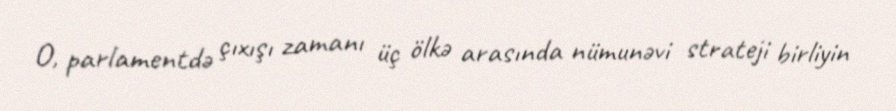
O, parlamentdə çıxışı zamanı üç ölkə arasında nümunəvi strateji birliyin